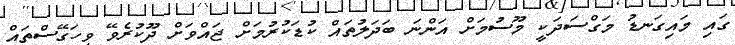
ގައި މައިގަނޑު މަގްސަދަކީ މޫސުމަށް އަންނަ ބަދަލުތައް ކުޑަކުރުމަށް ޖަައްވަށް ދޫކުރެވޭ ވިހަގޭސްތައް